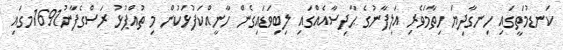
ކަނޑުމަތީގައި ހިނގާދިޔަ ހިތާމަވެރި އަލިފާނުގެ ޙާދިސާއެއްގައި ލިބިވަޑައިގެން ހާނީއްކަފުޅަކުން މި ތުއްޕުޅު ރަސްގެފާނު1691މގައި